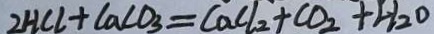
2 H C l + C a C O _ { 3 } = C a C l _ { 2 } + C O _ { 2 } + H _ { 2 } O